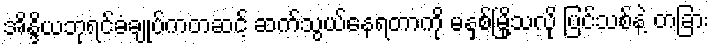
အိန္ဒိယဘုရင်ခံချုပ်ကတဆင့် ဆက်သွယ်နေရတာကို မနှစ်မြို့သလို ပြင်သစ်နဲ့ တခြား